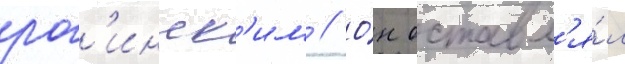
рог'инск'им // О́н оставл'я́л